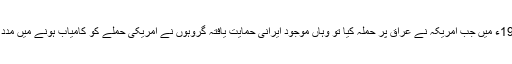
1991ء میں جب امریکہ نے عراق پر حملہ کیا تو وہاں موجود ایرانی حمایت یافتہ گروہوں نے امریکی حملے کو کامیاب ہونے میں مدد کی۔